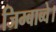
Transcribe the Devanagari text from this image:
जिम्बाब्वे।